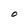
Character: O